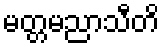
မတ္တမညာသီတိ